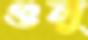
গুলু